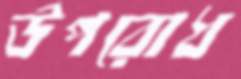
উপরোধ